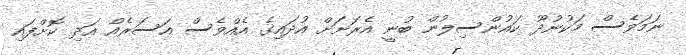
ނަމަވެސް މަކުނުދޫ ކައުންސިލުން ބުނީ އެރަށަށް އުދައިގެ އެއްވެސް އަސަރެއް އަދި ކޮށްފައި